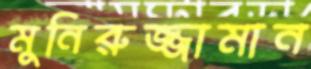
মুনিরুজ্জামান